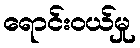
ရောင်းဝယ်မှု